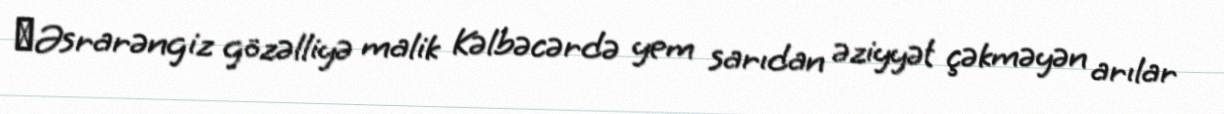
​Əsrarəngiz gözəlliyə malik Kəlbəcərdə yem sarıdan əziyyət çəkməyən arılar